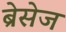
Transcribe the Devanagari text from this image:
ब्रेसेज